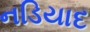
નડિયાદ